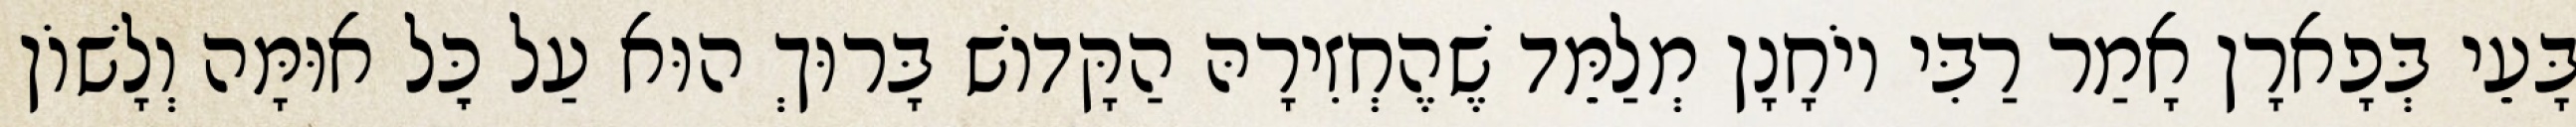
בָּעֵי בְּפָארָן אָמַר רַבִּי יוֹחָנָן מְלַמֵּד שֶׁהֶחְזִירָהּ הַקָּדוֹשׁ בָּרוּךְ הוּא עַל כׇּל אוּמָּה וְלָשׁוֹן